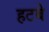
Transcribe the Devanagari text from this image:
हटबे